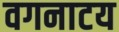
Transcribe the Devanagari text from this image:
वगनाटय